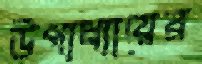
উপাধ্যায়ের